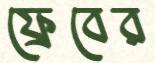
ফ্রেবের